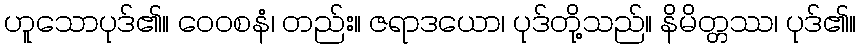
ဟူသောပုဒ်၏။ ဝေဝစနံ၊ တည်း။ ဇရာဒယော၊ ပုဒ်တို့သည်။ နိမိတ္တဿ၊ ပုဒ်၏။